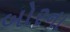
બોરના